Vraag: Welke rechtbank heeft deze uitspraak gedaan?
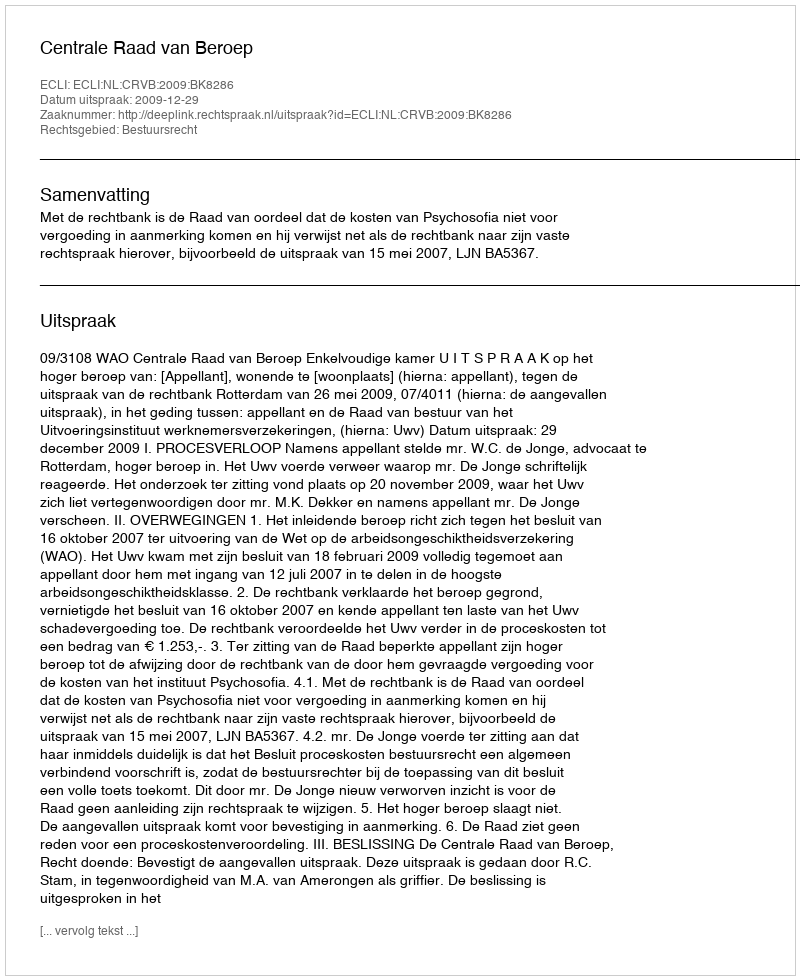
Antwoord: Centrale Raad van Beroep